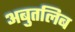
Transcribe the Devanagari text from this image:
अबुतलिब